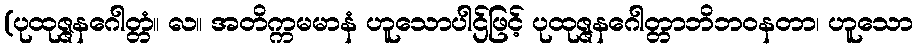
(ပုထုဇ္ဇနဂေါတ္တံ။ လ။ အတိက္ကမမာနံ ဟူသောပါဌ်ဖြင့် ပုထုဇ္ဇနဂေါတ္တာဘိဘဝနတာ၊ ဟူသော